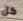
كل